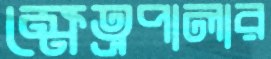
ক্ষেত্রপালার